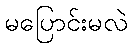
မပြောင်းမလဲ